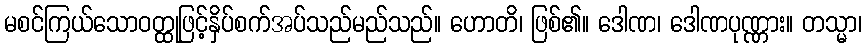
မစင်ကြယ်သောဝတ္ထုဖြင့်နှိပ်စက်အပ်သည်မည်သည်။ ဟောတိ၊ ဖြစ်၏။ ဒေါဏ၊ ဒေါဏပုဏ္ဏား။ တသ္မာ၊